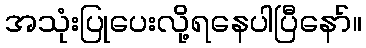
အသုံးပြုပေးလို့ရနေပါပြီနော်။